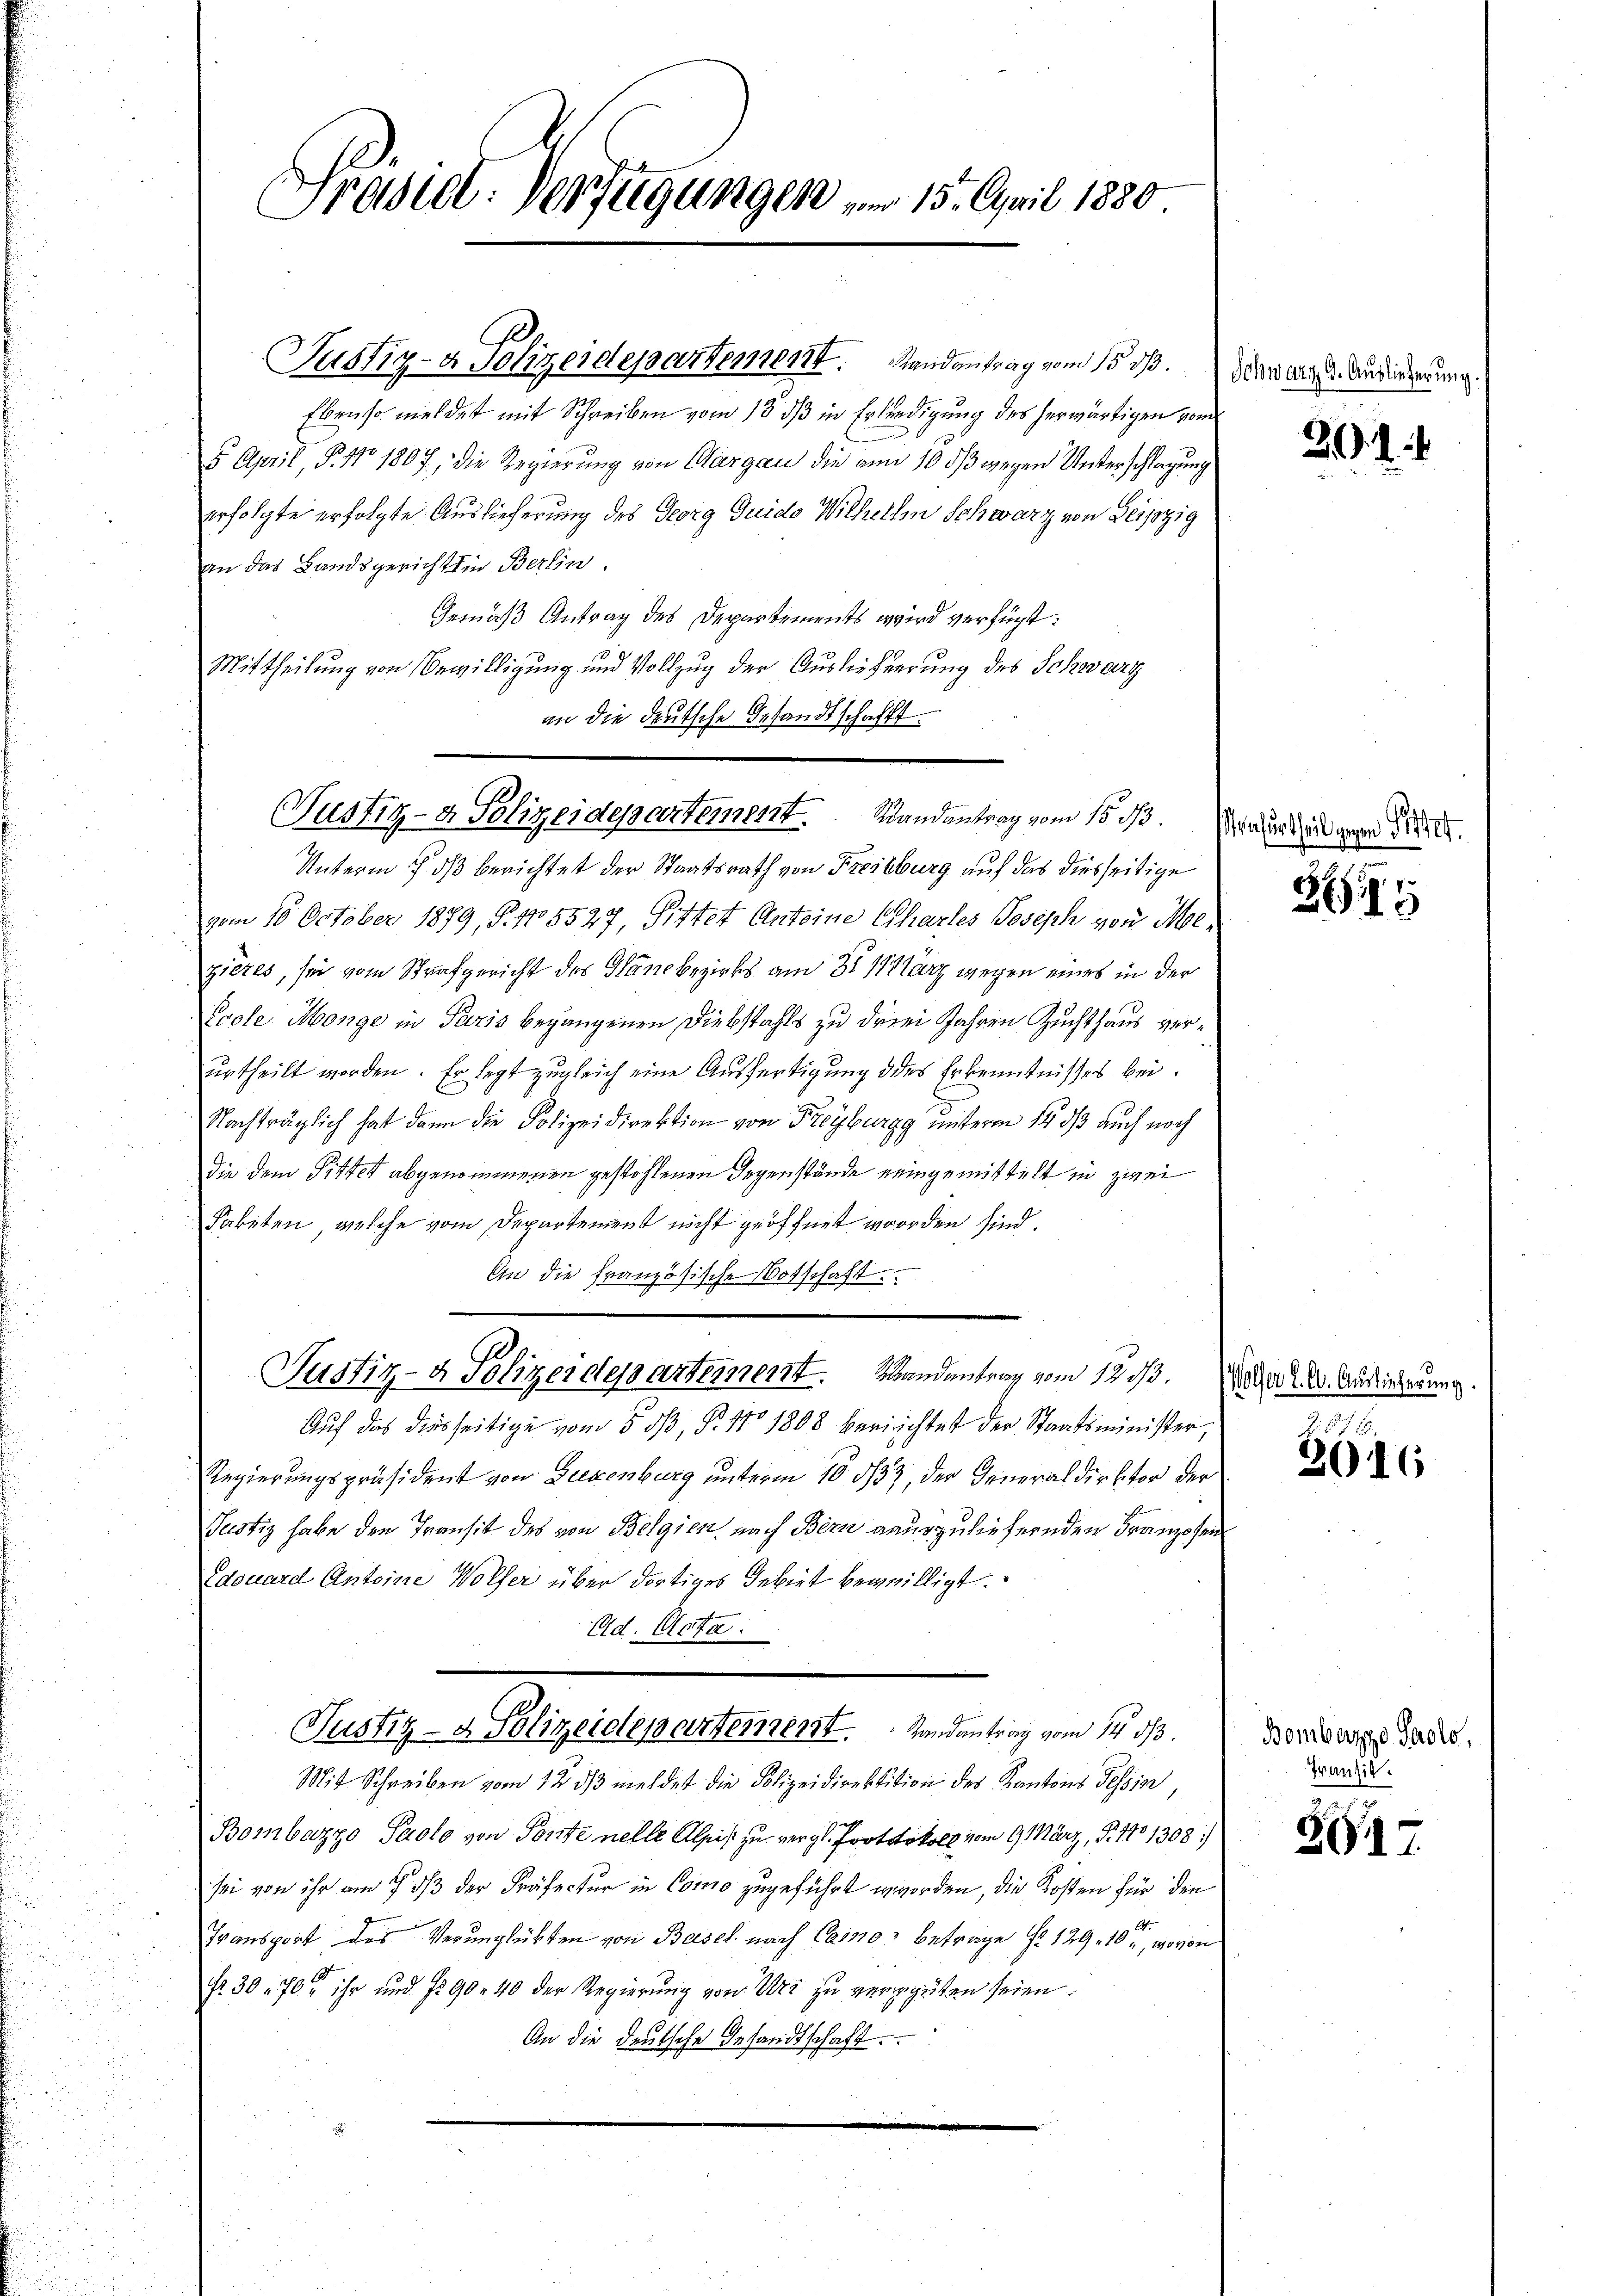
Präsidl. Verfügungen am 15. April 1880

Ebenso meldet mit Schreiben vom 15. dß in Erledigung des herwärtigen vom
5. April, P. No 1807., die Regierung von Aargau die am 10 dß wegen Unterschlagung
erfolgte erfolgte Auslieferung des Georg Guido Wilhelm Schwarz von Leipzig
an das Landsgericht in Berlin.
Gemäß Antrag des Departements wird verfügt:
Mittheilung von Bewilligung und Vollzug der Auslieferung des Schwarz
an die deutsche Gesandtschafft.

Justiz- & Polizeidepartement. Randantrag vom 15. dß.

Fustiz- & Polizeidepartement. Wandantrag vom 15. ds

Unterm 17. ds berichtet der Staatsrath von Freibburg auf das diesseitige
vom 10. October 1879, S. 45527, Pitter Antoine Chartes Joseph von Molzieres, sei vom Strafgericht des Plane bezirks am 22 11 er wegen eines in der
Coele Monge in Paris begangenen Diebstahls zu drei Jahren Zuchthaus verurtheilt worden. Er legt zugleich eine Ausfertigung des Erkenntnisses bei.
Nachträglich hat dann die Polizeidirektion von Freyburgg unterm 14. dß auch noch
die dem Pittelt abgenommenen gestohlenen Gegenstände neingemittelt in zwei
Faketen, welche vom Departement nicht geöffnet worden sind.
In die französische Botschaft
Justiz- & Polizerdepartement. Mandantrag vom 12 1/3. No 2. Ansiederung.
Auf das diesseitige vom 5. 53, § 11 1808 verrichtet der Staatsminister,
Regierungspräsident von Ziegenburg unterm 10. ds, der Generaldirektor der
Justiz habe den Transit des von Belgien nach Bern anurzuliefernden Franzosen
Edouard Antoine Wolfer über dortiges Gebiet begeilligt.
Ad. Acta.
Justiz- & Polizeidepartement. Randantrag vom 14. ds.
Mit Schreiben vom 12. dβ meldet die Polizeidirektition des Kantons Tessin,
Bombazzo Paolo von Porte nelle Alpis zu vergl. Protokoll vom 9. März, P. No 1308)
sei von ihr am 7. ds der Präfectur in Como zugeführt worden, die Kosten für den
Transport des Verunglükten von Basel nach Carno betrage No 129. 10, wovon
Fr. 30 - 70 ihr und 1290. 40 der Regierŭng von Uri zu vergüten seien.
An die deutsche Gesandtschaft.
.

Schwarz 9. Auslieferung

Strafurtheil.

2

2

2616

Bombarzgo Paolo,
Transit.

ZG17.

m 10.